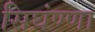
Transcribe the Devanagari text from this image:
सिघंण्णा